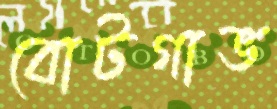
বোটগাভ